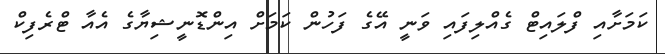
ކަމަށާއި ފްލައިޓް ގެއްލިފައި ވަނީ އޭގެ ފަހުން ކަމަށް އިންޑޮނީޝިޔާގެ އެއާ ޓްރެފިކް